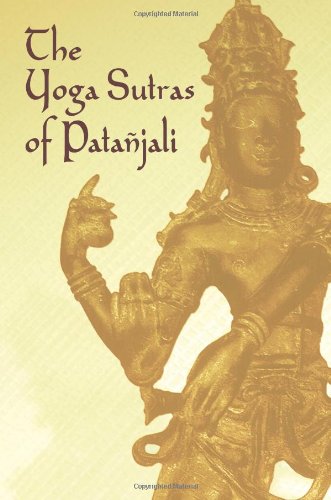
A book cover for The Yoga Sutras of Patanjali; PataÃ±jali; Religion & Spirituality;